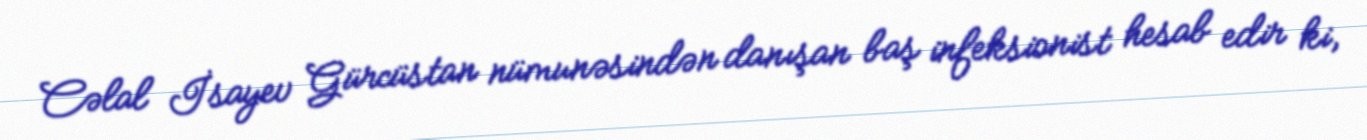
Cəlal İsayev Gürcüstan nümunəsindən danışan baş infeksionist hesab edir ki,